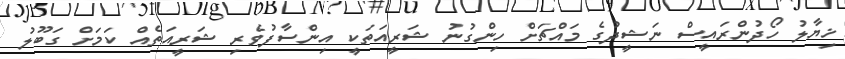
ޚިޔާލު ހޯދުންރައީސް ނަޝީދުގެ މައްޗަށް ހިންގުނު ޝަރީއަތަކީ އިންސާފުވެރި ޝަރީއަތެއް ކަމަށް ގަބޫލު